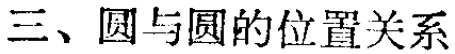
三、圆与圆的位置关系